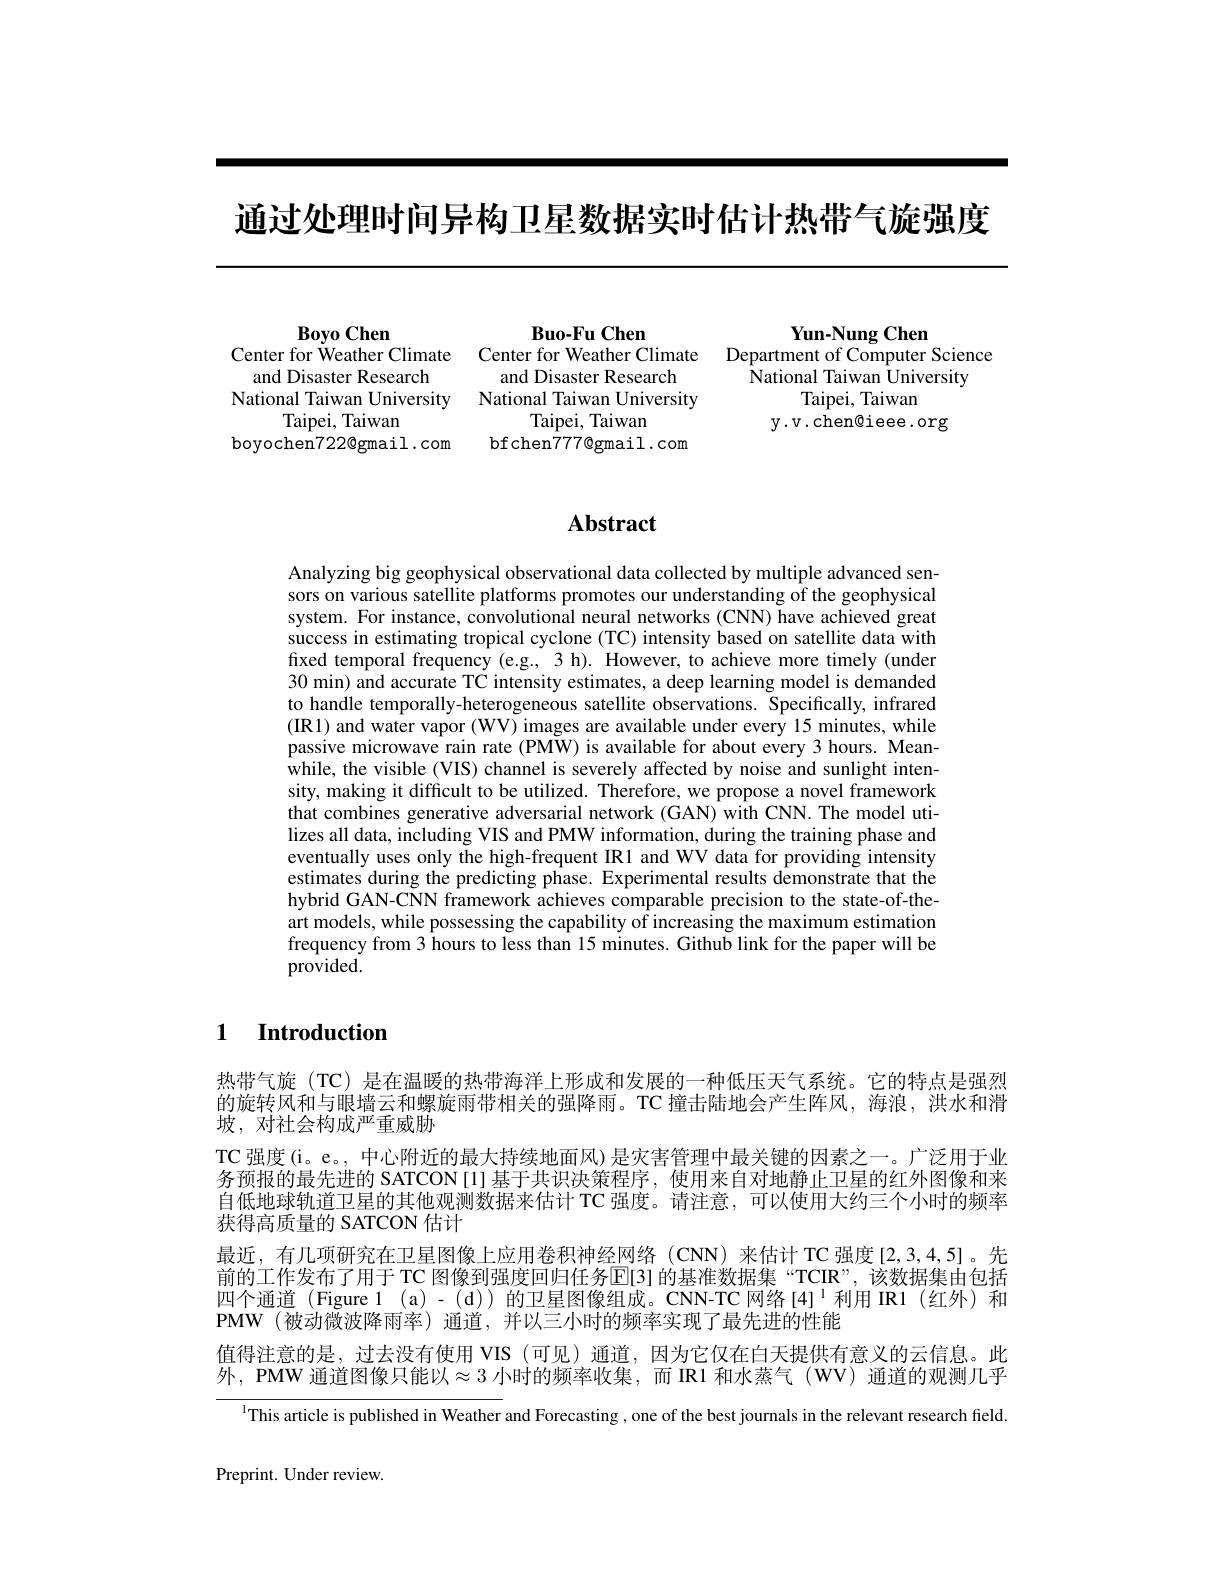
通过处理时间异构卫星数据实时估计热带气旋强度

$\mathbf{BoyoChen}$
and Disaster Research
National Taiwan University
Taipei, Taiwan
boyochen7220gmail.com

Buo-Fu Chen
and Disaster Research National Taiwan University
Taipei, Taiwan
bfchen777@gmail.com

$\mathbf{Yun-NungChen}$
Center for Weather Climate Center for Weather Climate Department of Computer Science
National Taiwan University
Taipei, Taiwan
y.v.chen@ieee.org

# Abstract

Analyzing big geophysical observational data collected by multiple advanced sensors on various satellite platforms promotes our understanding of the geophysical system. For instance, convolutional neural networks (CNN) have achieved great success in estimating tropical cyclone (TC) intensity based on satellite data with fixed temporal frequency (e.g., 3 h). However, to achieve more timely (under 30 min) and accurate TC intensity estimates, a deep learning model is demanded to handle temporally-heterogeneous satellite observations. Specifically, infrared (IR1) and water vapor (WV) images are available under every 15 minutes, while passive microwave rain rate (PMW) is available for about every 3 hours. Meanwhile, the visible (VIS) channel is severely affected by noise and sunlight intensity, making it difficult to be utilized. Therefore, we propose a novel framework that combines generative adversarial network (GAN) with CNN. The model utilizes all data, including VIS and PMW information, during the training phase and eventually uses only the high-frequent IR1 and WV data for providing intensity estimates during the predicting phase. Experimental results demonstrate that the hybrid GAN-CNN framework achieves comparable precision to the state-of-theart models, while possessing the capability of increasing the maximum estimation frequency from 3 hours to less than 15 minutes. Github link for the paper will be $provided.$

## 1 Introduction

热带气旋(TC)是在温暖的热带海洋上形成和发展的一种低压天气系统。它的特点是强烈的旋转风和与眼墙云和螺旋雨带相关的强降雨。TC 撞击陆地会产生阵风，海浪，洪水和滑坡，对社会构成严重威胁
TC 强度(i。e。, 中心附近的最大持续地面风) 是灾害管理中最关键的因素之一。广泛用于业务预报的最先进的 SATCON[l]基于共识决策程序，使用来自对地静止卫星的红外图像和来自低地球轨道卫星的其他观测数据来估计 TC 强度。请注意，可以使用大约三个小时的频率获得高质量的 SATCON 估计
最近，有几项研究在卫星图像上应用卷积神经网络(CNN)来估计TC强度[2,3,4,5]。先前的工作发布了用于 TC 图像到强度回归任务$\operatorname{E[\text{3}]}$ 的基准数据集“TCIR”,该数据集由包括四个通道 (Figure 1 (a) - (d)) 的卫星图像组成。CNN-TC 网络[4]$^{1}$利用 IR1(红外)和PMW (被动微波降雨率)通道，并以三小时的频率实现了最先进的性能
值得注意的是，过去没有使用 VIS (可见)通道，因为它仅在白天提供有意义的云信息。此外，PMW 通道图像只能以$\approx3$ 小时的频率收集，而 IR1 和水蒸气(WV) 通道的观测几乎

$^{\mathrm{l}}$This article is published in Weather and Forecasting , one of the best journals in the relevant research field.

Preprint. Under review.